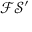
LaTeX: \mathcal { F S ^ { \prime } }